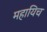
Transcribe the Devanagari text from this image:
महायिच